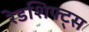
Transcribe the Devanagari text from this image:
रेडशिफ्ट्स